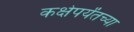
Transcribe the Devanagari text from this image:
कक्षेपर्यंतच्या